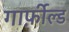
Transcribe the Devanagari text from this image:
गार्फ़ील्ड